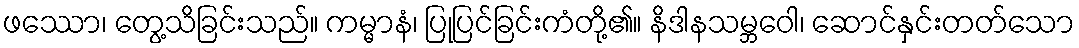
ဖဿော၊ တွေ့သိခြင်းသည်။ ကမ္မာနံ၊ ပြုပြင်ခြင်းကံတို့၏။ နိဒါနသမ္ဘဝေါ၊ ဆောင်နှင်းတတ်သော